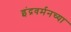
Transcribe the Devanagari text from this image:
इंद्रवर्मनच्या